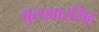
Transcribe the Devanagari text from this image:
गुलझारसिंह